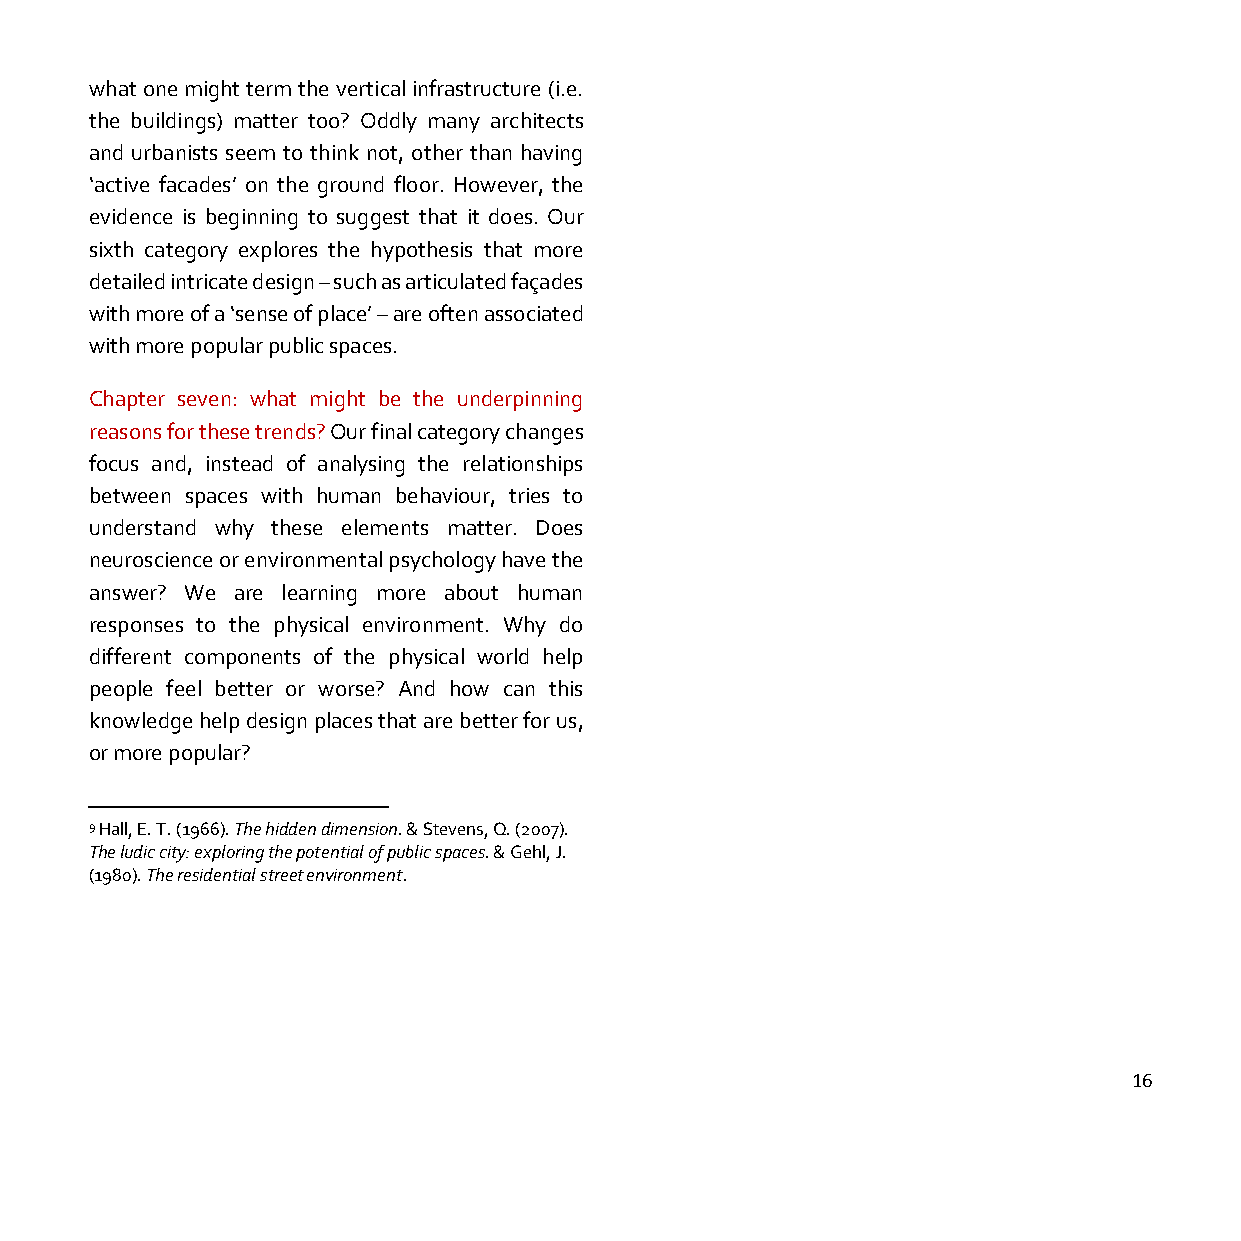
what one might term the vertical infrastructure (i.e.
 the buildings) matter too? Oddly many architects
 and urbanists seem to think not, other than having
 ‘active facades’ on the ground floor. However, the
 evidence is beginning to suggest that it does. Our
 sixth category explores the hypothesis that more
 detailed intricate design – such as articulated façades
 with more of a ‘sense of place’ – are often associated
 with more popular public spaces.
 Chapter seven: what might be the underpinning
 reasons for these trends? Our final category changes
 focus and, instead of analysing the relationships
 between spaces with human behaviour, tries to
 understand why these elements matter. Does
 neuroscience or environmental psychology have the
 answer? We are learning more about human
 responses to the physical environment. Why do
 different components of the physical world help
 people feel better or worse? And how can this
 knowledge help design places that are better for us,
 or more popular?
 9 Hall, E. T. (1966). The hidden dimension. & Stevens, Q. (2007).
 The ludic city: exploring the potential of public spaces. & Gehl, J.
 (1980). The residential street environment.
 16